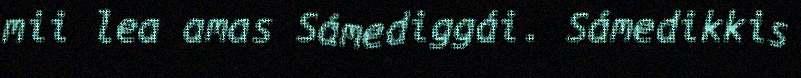
mii lea amas Sámediggái. Sámedikkis